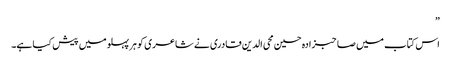
”
اس کتاب میں صاحبزادہ حسین محی الدین قادری نے شاعری کو ہر پہلو میں پیش کیا ہے۔